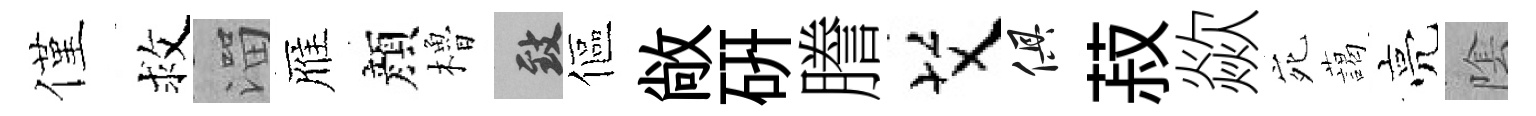
僅救溜雁顔櫓致傴敞硏謄艾俱菽歘宛藹亮隂